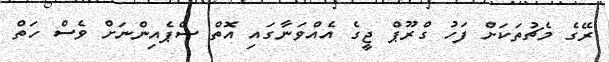
ރޭގެ މެޗުތަކަށް ފަހު ގްރޫޕް ޖީގެ އެއްވަނާގައި އޮތް ސްޕެއިންނަށް ވެސް ހަތް